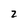
Character: 2